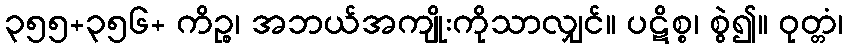
၃၅၅+၃၅၆+ ကိဉ္စ၊ အဘယ်အကျိုးကိုသာလျှင်။ ပဋိစ္စ၊ စွဲ၍။ ဝုတ္တံ၊